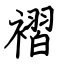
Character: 褶